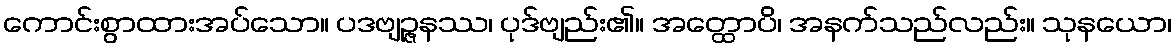
ကောင်းစွာထားအပ်သော။ ပဒဗျဉ္ဇနဿ၊ ပုဒ်ဗျည်း၏။ အတ္ထောပိ၊ အနက်သည်လည်း။ သုနယော၊